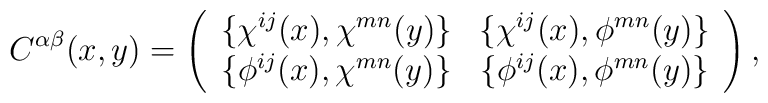
C^{\alpha \beta} (x,y) = \left( \begin{array}{cc}\{ \chi^{i j}(x) , \chi^{m n}(y) \} & \{ \chi^{i j}(x) , \phi^{m n}(y) \} \\ \{ \phi^{i j}(x) , \chi^{m n}(y) \} & \{ \phi^{i j}(x) , \phi^{m n}(y) \}\end{array}\right) ,